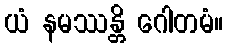
ယံ နမဿန္တိ ဂေါတမံ။